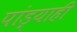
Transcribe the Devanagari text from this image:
पांड्याही